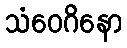
သံဝေဂိနော